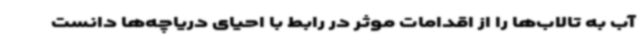
آب به تالاب‌ها را از اقدامات موثر در رابط با احیای دریاچه‌ها دانست